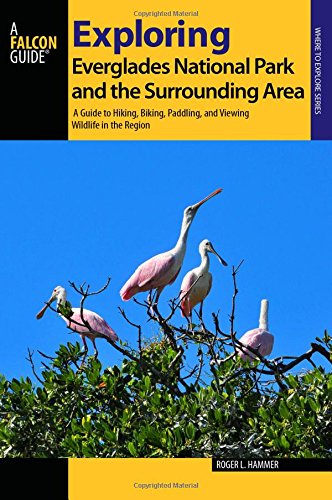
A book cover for Exploring Everglades National Park and the Surrounding Area: A Guide to Hiking, Biking, Paddling, and Viewing Wildlife in the Region (Exploring Series); Roger L. Hammer; Sports & Outdoors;